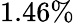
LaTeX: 1.46\%